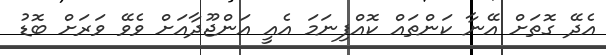
އެދޭ ގޮތަށް އޭނާ ކަންތައް ކޮއްފިނަމަ އެއީ އަންޖޫދާއަށް ވެވޭ ވަރަށް ބޮޑު